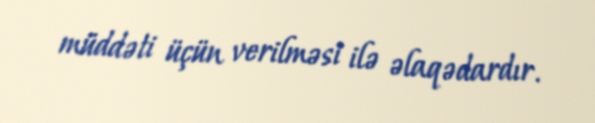
müddəti üçün verilməsi ilə əlaqədardır.